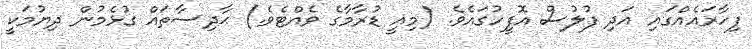
ފިހާރައެއްގައި އަދި ފުލުސް އޮފީހުގައެވެ. (މިއީ ޑުރާމާގެ ވެއްޓެވެ.) ޙާދިސާތައް ގުޅެމުން ދިޔުމަކީ